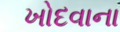
ખોદવાના